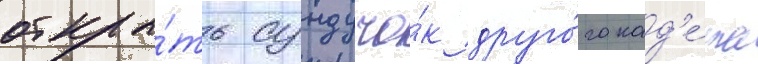
откры́ть сундучо́к друго́го кад'е́та